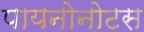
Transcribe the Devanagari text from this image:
पायनोनोटस